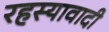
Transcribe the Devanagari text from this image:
रहस्यावादी